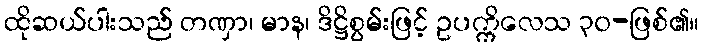
ထိုဆယ်ပါးသည် တဏှာ၊ မာန၊ ဒိဋ္ဌိစွမ်းဖြင့် ဥပက္ကိလေသ ၃၀-ဖြစ်၏။